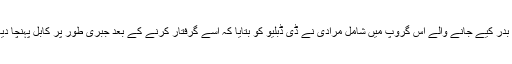
ملک بدر کیے جانے والے اس گروپ میں شامل مرادی نے ڈی ڈبلیو کو بتایا کہ اسے گرفتار کرنے کے بعد جبری طور پر کابل پہنچا دیا گیا۔